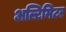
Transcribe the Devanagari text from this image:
अल्टिमिटर